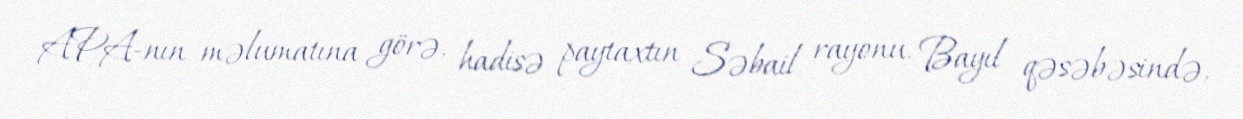
APA-nın məlumatına görə, hadisə paytaxtın Səbail rayonu, Bayıl qəsəbəsində,